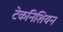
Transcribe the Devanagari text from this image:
टेकनिशियन